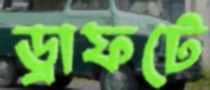
ড্রাফটে